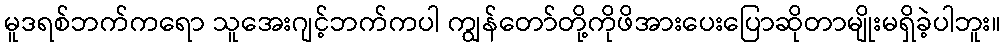
မူဒရစ်ဘက်ကရော သူအေးဂျင့်ဘက်ကပါ ကျွန်တော်တို့ကိုဖိအားပေးပြောဆိုတာမျိုးမရှိခဲ့ပါဘူး။